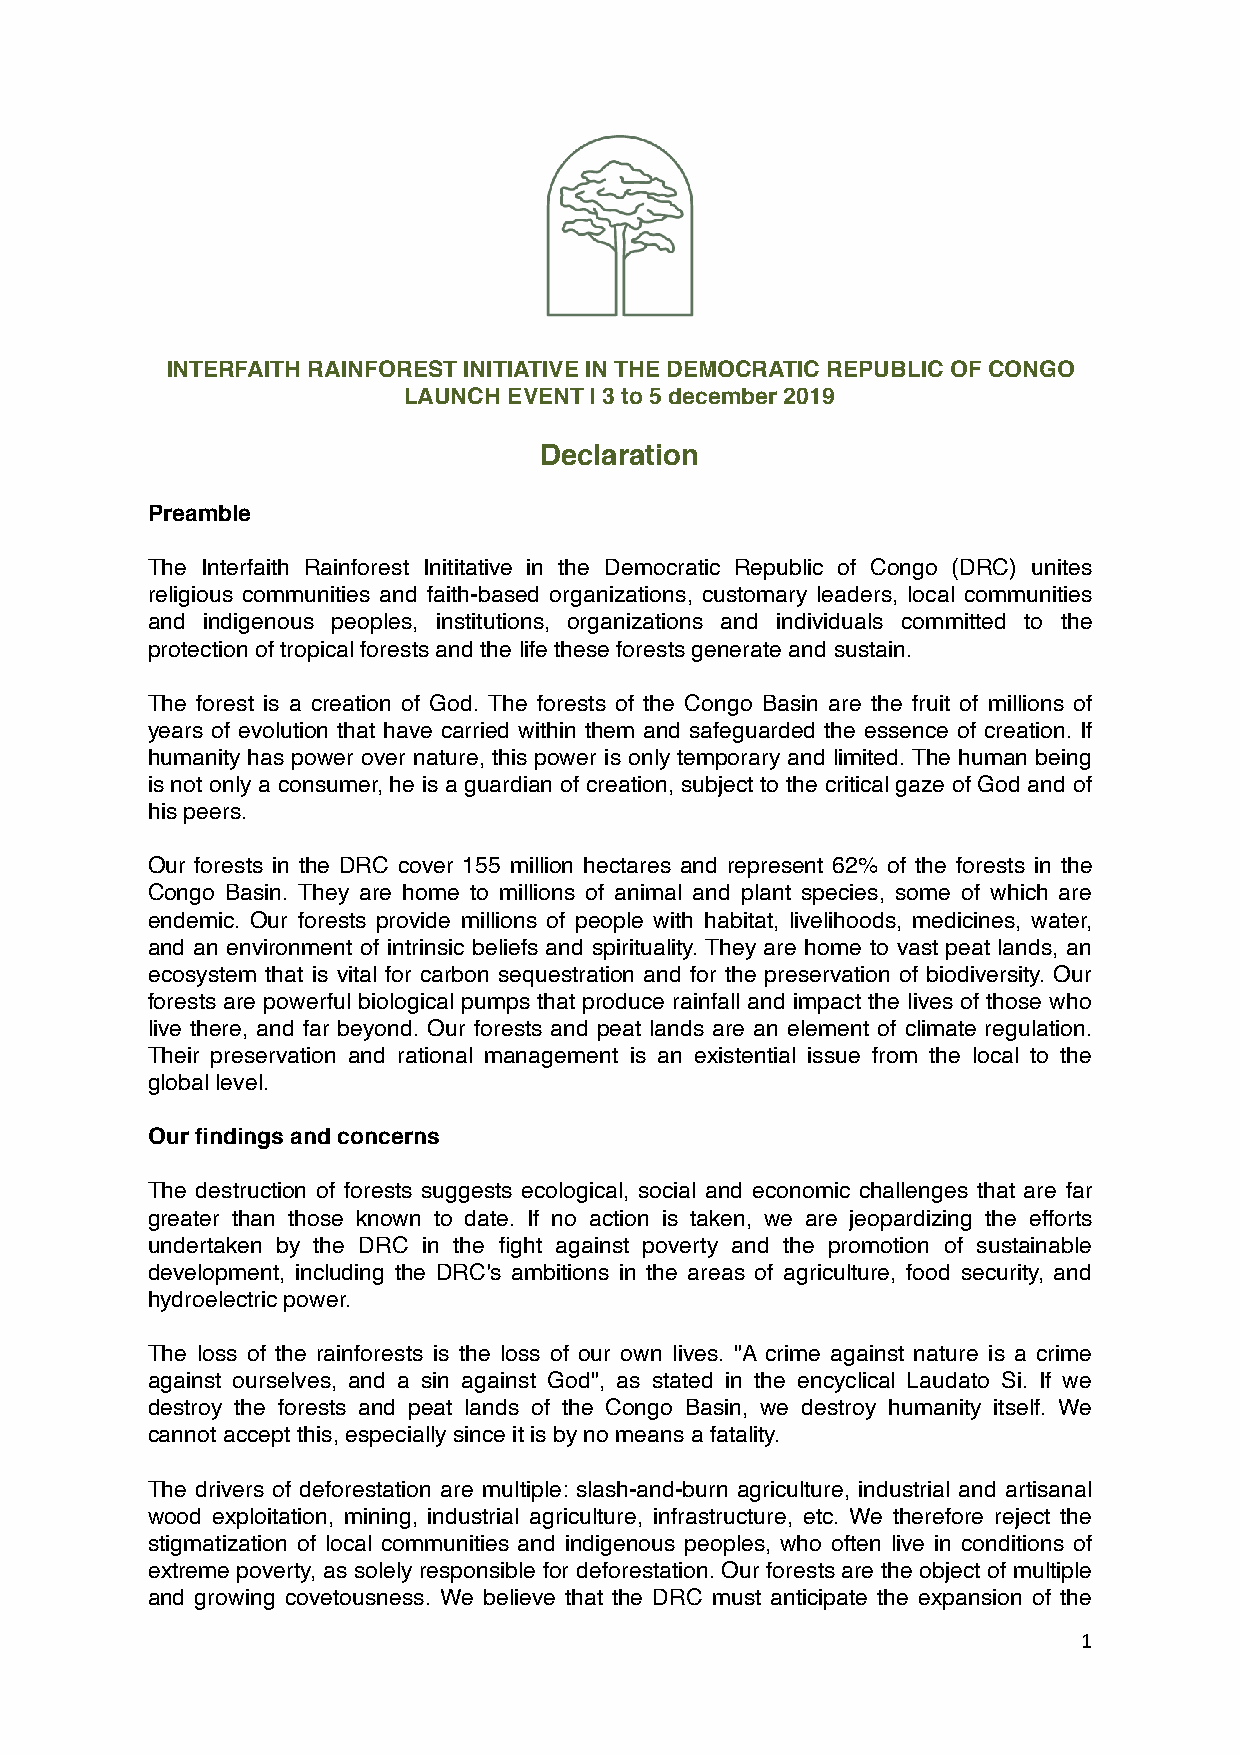
INTERFAITH RAINFOREST INITIATIVE IN THE DEMOCRATIC REPUBLIC OF CONGO
 LAUNCH EVENT | 3 to 5 december 2019
 Declaration
 Preamble
 The Interfaith Rainforest Inititative in the Democratic Republic of Congo (DRC) unites
 religious communities and faith-based organizations, customary leaders, local communities
 and indigenous peoples, institutions, organizations and individuals committed to the
 protection of tropical forests and the life these forests generate and sustain.
 The forest is a creation of God. The forests of the Congo Basin are the fruit of millions of
 years of evolution that have carried within them and safeguarded the essence of creation. If
 humanity has power over nature, this power is only temporary and limited. The human being
 is not only a consumer, he is a guardian of creation, subject to the critical gaze of God and of
 his peers.
 Our forests in the DRC cover 155 million hectares and represent 62% of the forests in the
 Congo Basin. They are home to millions of animal and plant species, some of which are
 endemic. Our forests provide millions of people with habitat, livelihoods, medicines, water,
 and an environment of intrinsic beliefs and spirituality. They are home to vast peat lands, an
 ecosystem that is vital for carbon sequestration and for the preservation of biodiversity. Our
 forests are powerful biological pumps that produce rainfall and impact the lives of those who
 live there, and far beyond. Our forests and peat lands are an element of climate regulation.
 Their preservation and rational management is an existential issue from the local to the
 global level.
 Our findings and concerns
 The destruction of forests suggests ecological, social and economic challenges that are far
 greater than those known to date. If no action is taken, we are jeopardizing the efforts
 undertaken by the DRC in the fight against poverty and the promotion of sustainable
 development, including the DRC's ambitions in the areas of agriculture, food security, and
 hydroelectric power.
 The loss of the rainforests is the loss of our own lives. "A crime against nature is a crime
 against ourselves, and a sin against God", as stated in the encyclical Laudato Si. If we
 destroy the forests and peat lands of the Congo Basin, we destroy humanity itself. We
 cannot accept this, especially since it is by no means a fatality.
 The drivers of deforestation are multiple: slash-and-burn agriculture, industrial and artisanal
 wood exploitation, mining, industrial agriculture, infrastructure, etc. We therefore reject the
 stigmatization of local communities and indigenous peoples, who often live in conditions of
 extreme poverty, as solely responsible for deforestation. Our forests are the object of multiple
 and growing covetousness. We believe that the DRC must anticipate the expansion of the
 1